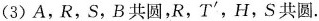
(3)A，R，S，B共圆，R，T^{\prime}，H，S共圆.